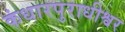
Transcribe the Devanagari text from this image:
कंधारपुराधीश्वर